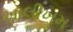
ખાલીખમ